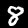
Digit: 8